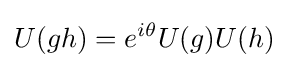
U(gh)=e^{i\theta }U(g)U(h)